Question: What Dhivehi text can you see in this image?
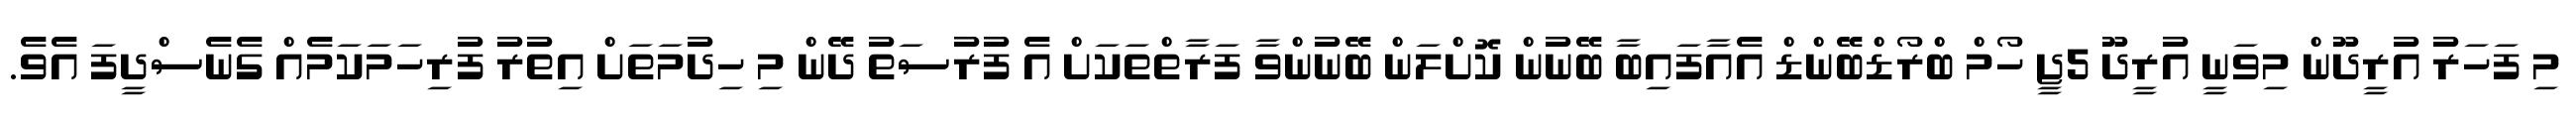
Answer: މި ފަހަރު އުރީދޫން މިވަނީ އުރީދޫ 5ޖީ ހޯމް ބްރޯޑްބޭންޑް އެއާފައިބާ ބޭނުން ކޮށްލަން ބޭނުންވާ ފަރާތްތަކަށް އެ ފުރުސަތު ދޭން މި ހިދުމަތަށް އިތުރު ފުރިހަމަކަމެއް ގެނެސްދީފަ އެވެ.